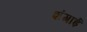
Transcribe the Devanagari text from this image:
शंगाई